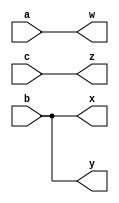
module top_module (input a, b, c,
			 output w, x, y, z);
	//Solution1
	assign w = a;
	assign x = b;
	assign y = b;
	assign z = c;

	//Solution2
	assign {w,x,y,z} = {a,b,b,c};
endmodule